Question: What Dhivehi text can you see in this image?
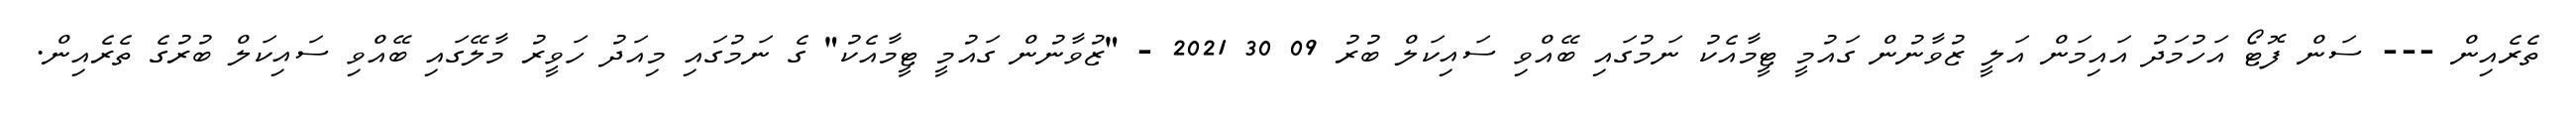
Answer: ތެރެއިން --- ސަން ފޮޓޯ އަހުމަދު އައިމަން އަލީ ޒުވާނުން ގައުމީ ޓީމާއެކު ނަމުގައި ބޭއްވި ސައިކަލް ބުރު 09 30 2021 - "ޒުވާނުން ގައުމީ ޓީމާއެކު" ގެ ނަމުގައި މިއަދު ހަވީރު މާލޭގައި ބޭއްވި ސައިކަލް ބުރުގެ ތެރެއިން.